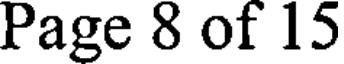
Page 8 of 15